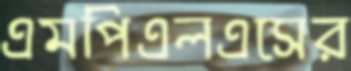
এমপিএলএসের